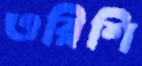
ওরিশি